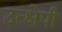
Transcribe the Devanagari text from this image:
उत्क्षेपी